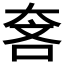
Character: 𱘵